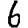
Digit: 6